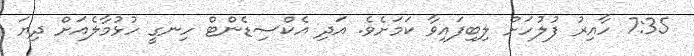
7:35 ހާއިރު ފުލުހަށް ލިބިފައިވާ ކަމަށެވެ. އަދި އެކްސިޑެންޓް ހިނގީ ހުޅުމާލެއަށް ދިޔަ